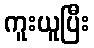
ကူးယူပြီး